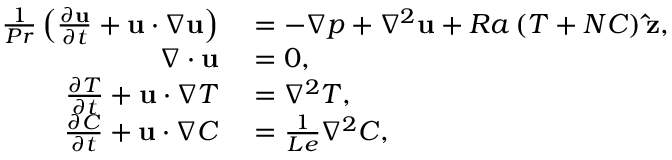
\begin{array} { r l } { \frac { 1 } { P r } \left( \frac { \partial \mathbf { u } } { \partial t } + \mathbf { u } \cdot \nabla \mathbf { u } \right) } & { { } = - \nabla p + \nabla ^ { 2 } \mathbf { u } + R a \left( T + N C \right) \mathbf { \hat { z } } , } \\ { \nabla \cdot \mathbf { u } } & { { } = 0 , } \\ { \frac { \partial T } { \partial t } + \mathbf { u } \cdot \nabla T } & { { } = \nabla ^ { 2 } T , } \\ { \frac { \partial C } { \partial t } + \mathbf { u } \cdot \nabla C } & { { } = \frac { 1 } { L e } \nabla ^ { 2 } C , } \end{array}